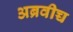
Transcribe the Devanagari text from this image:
अब्रवीच्च